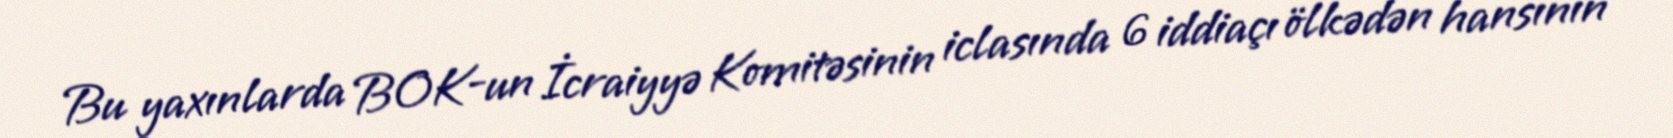
Bu yaxınlarda BOK-un İcraiyyə Komitəsinin iclasında 6 iddiaçı ölkədən hansının